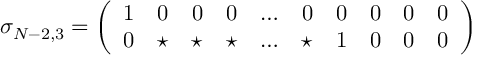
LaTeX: \sigma _ { N - 2 , 3 } = \left( \begin{array} { c c c c c c c c c c } { { 1 } } & { { 0 } } & { { 0 } } & { { 0 } } & { { \ldots } } & { { 0 } } & { { 0 } } & { { 0 } } & { { 0 } } & { { 0 } } \\ { { 0 } } & { { \star } } & { { \star } } & { { \star } } & { { \ldots } } & { { \star } } & { { 1 } } & { { 0 } } & { { 0 } } & { { 0 } } \end{array} \right)